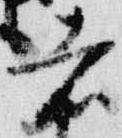
者